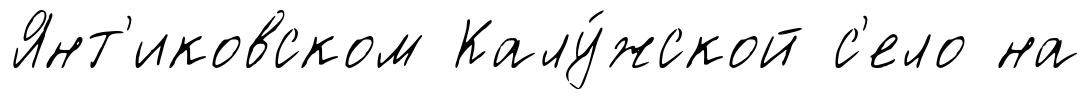
Янт'иковском Калу́жской с'ело на